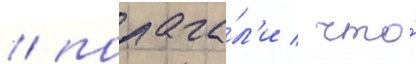
/ полага́л'и / что́